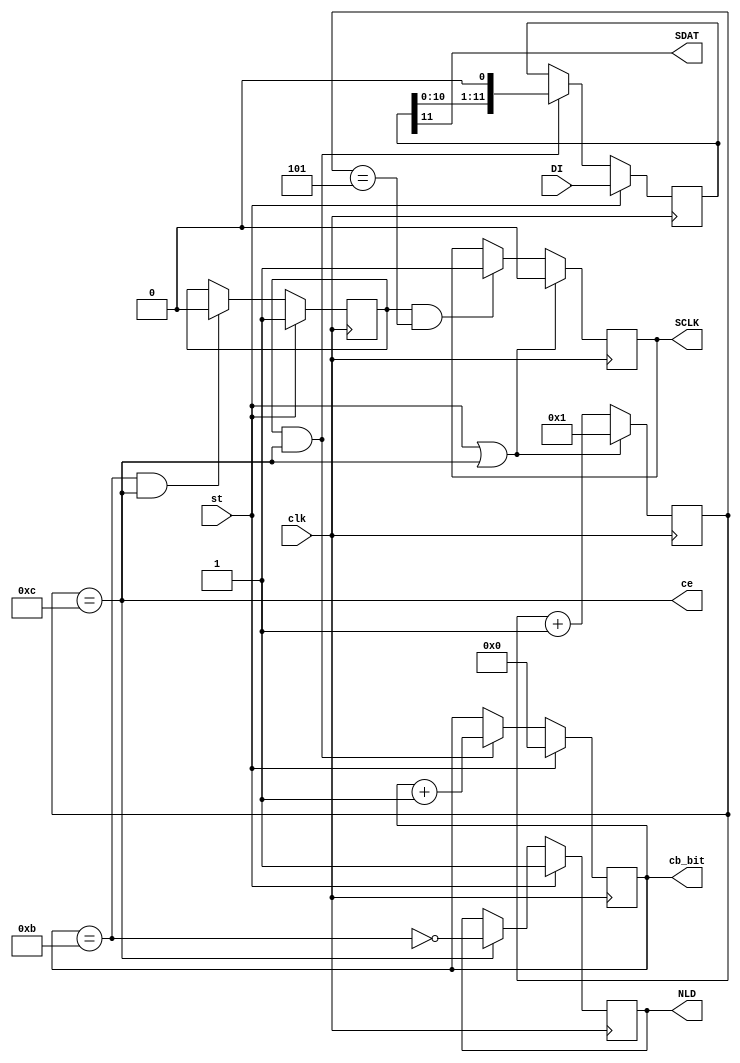
module SPI_DAC8043 (
		input clk, 			output reg SCLK=0,
		input st, 			output wire SDAT,
		input [11:0] DI, 	output reg NLD=1,
								output reg [3:0]cb_bit=0,
								output wire ce);
parameter Tsclk = 240 ; //Tsclk=Tcl+Tch=120+120
parameter Tclk = 20 ; //Tclk=1/50 MHz
reg [3:0]cb_ce = 0 ; // 
assign ce=(cb_ce==Tsclk/Tclk); // 
reg en_sh=0 ; //  
reg [11:0]sr_dat=0 ; //  
assign SDAT = sr_dat[11]; // 
always @ (posedge clk) begin
	cb_ce <= (st | ce)? 1 : cb_ce+1 ;
	SCLK <= (st | ce)? 0 : (en_sh & (cb_ce==5))? 1 : SCLK ;
	en_sh <= st? 1 : ((cb_bit==11) & ce)? 0 : en_sh ;
	cb_bit <= st? 0 : (en_sh & ce)? cb_bit+1 : cb_bit ;
	sr_dat <= st? DI : (en_sh & ce)? sr_dat<<1 : sr_dat ;
	NLD <= st? 1 : ce? !(cb_bit==11) : NLD ;
end
endmodule